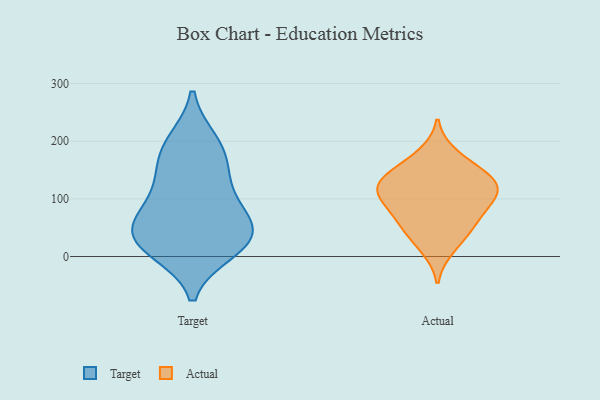
{"axis": {"x": "Headcount", "y": "Value"}, "legend": ["Actual", "Target"], "data": [{"x": "", "y": 56, "type": "Target"}, {"x": "", "y": 43, "type": "Target"}, {"x": "", "y": 11, "type": "Target"}, {"x": "", "y": 96, "type": "Target"}, {"x": "", "y": 199, "type": "Target"}, {"x": "", "y": 191, "type": "Target"}, {"x": "", "y": 18, "type": "Target"}, {"x": "", "y": 27, "type": "Target"}, {"x": "", "y": 138, "type": "Target"}, {"x": "", "y": 38, "type": "Target"}, {"x": "", "y": 156, "type": "Target"}, {"x": "", "y": 81, "type": "Target"}, {"x": "", "y": 139, "type": "Actual"}, {"x": "", "y": 14, "type": "Actual"}, {"x": "", "y": 91, "type": "Actual"}, {"x": "", "y": 125, "type": "Actual"}, {"x": "", "y": 103, "type": "Actual"}, {"x": "", "y": 152, "type": "Actual"}, {"x": "", "y": 178, "type": "Actual"}, {"x": "", "y": 103, "type": "Actual"}, {"x": "", "y": 117, "type": "Actual"}, {"x": "", "y": 132, "type": "Actual"}, {"x": "", "y": 41, "type": "Actual"}, {"x": "", "y": 63, "type": "Actual"}, {"x": "", "y": 59, "type": "Actual"}]}